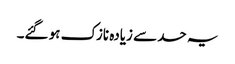
یہ حد سے زیادہ نازک ہو گئے۔